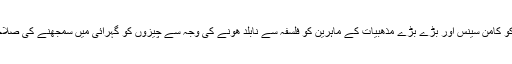
میں نے بڑے بڑے فلسفیوں کو کامن سینس اور بڑے بڑے مذھبیات کے ماہرین کو فلسفہ سے نابلد ھونے کی وجہ سے چیزوں کو گہرائی میں سمجھنے کی صلاحیت سے محروم دیکھا ھے ۔